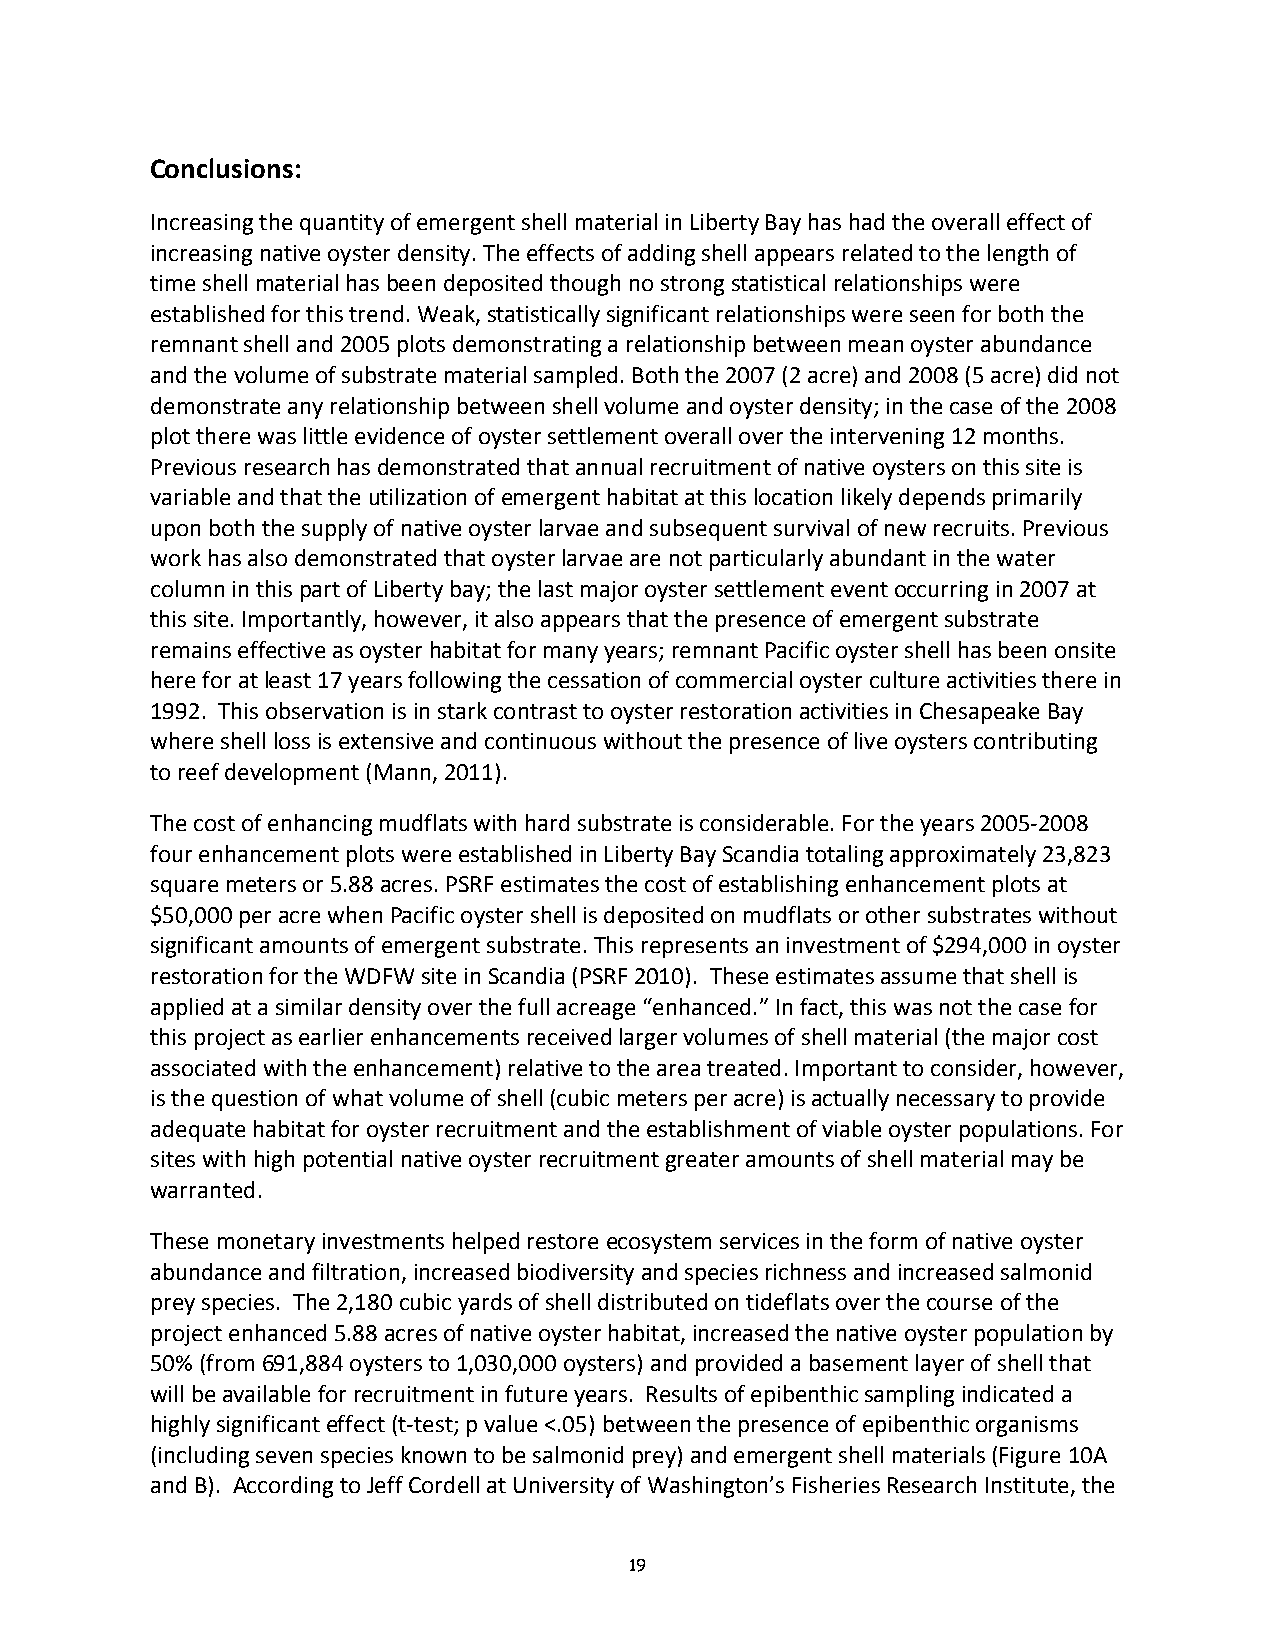
Conclusions:
 Increasing the quantity of emergent shell material in Liberty Bay has had the overall effect of
 increasing native oyster density. The effects of adding shell appears related to the length of
 time shell material has been deposited though no strong statistical relationships were
 established for this trend. Weak, statistically significant relationships were seen for both the
 remnant shell and 2005 plots demonstrating a relationship between mean oyster abundance
 and the volume of substrate material sampled. Both the 2007 (2 acre) and 2008 (5 acre) did not
 demonstrate any relationship between shell volume and oyster density; in the case of the 2008
 plot there was little evidence of oyster settlement overall over the intervening 12 months.
 Previous research has demonstrated that annual recruitment of native oysters on this site is
 variable and that the utilization of emergent habitat at this location likely depends primarily
 upon both the supply of native oyster larvae and subsequent survival of new recruits. Previous
 work has also demonstrated that oyster larvae are not particularly abundant in the water
 column in this part of Liberty bay; the last major oyster settlement event occurring in 2007 at
 this site. Importantly, however, it also appears that the presence of emergent substrate
 remains effective as oyster habitat for many years; remnant Pacific oyster shell has been onsite
 here for at least 17 years following the cessation of commercial oyster culture activities there in
 1992. This observation is in stark contrast to oyster restoration activities in Chesapeake Bay
 where shell loss is extensive and continuous without the presence of live oysters contributing
 to reef development (Mann, 2011).
 The cost of enhancing mudflats with hard substrate is considerable. For the years 2005‐2008
 four enhancement plots were established in Liberty Bay Scandia totaling approximately 23,823
 square meters or 5.88 acres. PSRF estimates the cost of establishing enhancement plots at
 $50,000 per acre when Pacific oyster shell is deposited on mudflats or other substrates without
 significant amounts of emergent substrate. This represents an investment of $294,000 in oyster
 restoration for the WDFW site in Scandia (PSRF 2010). These estimates assume that shell is
 applied at a similar density over the full acreage “enhanced.” In fact, this was not the case for
 this project as earlier enhancements received larger volumes of shell material (the major cost
 associated with the enhancement) relative to the area treated. Important to consider, however,
 is the question of what volume of shell (cubic meters per acre) is actually necessary to provide
 adequate habitat for oyster recruitment and the establishment of viable oyster populations. For
 sites with high potential native oyster recruitment greater amounts of shell material may be
 warranted.
 These monetary investments helped restore ecosystem services in the form of native oyster
 abundance and filtration, increased biodiversity and species richness and increased salmonid
 prey species. The 2,180 cubic yards of shell distributed on tideflats over the course of the
 project enhanced 5.88 acres of native oyster habitat, increased the native oyster population by
 50% (from 691,884 oysters to 1,030,000 oysters) and provided a basement layer of shell that
 will be available for recruitment in future years. Results of epibenthic sampling indicated a
 highly significant effect (t‐test; p value <.05) between the presence of epibenthic organisms
 (including seven species known to be salmonid prey) and emergent shell materials (Figure 10A
 and B). According to Jeff Cordell at University of Washington’s Fisheries Research Institute, the
 19